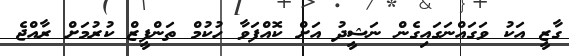
ގާޒީީ އަކު ވަގައްނަގައިގެން ނަޝީދު އަށް ކޮއްފަވާ ހުކުމް ތަންފީޒް ކުރުމަށް ރާއްޖެ